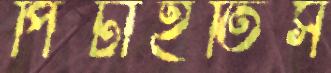
পিটাইতিস